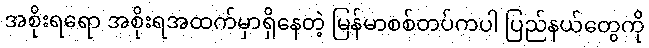
အစိုးရရော အစိုးရအထက်မှာရှိနေတဲ့ မြန်မာစစ်တပ်ကပါ ပြည်နယ်တွေကို